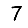
Digit: 7